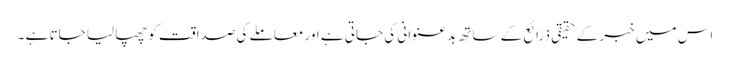
اس میں خبر کے حقیقی ذرائع کے ساتھ بدعنوانی کی جاتی ہے اور معاملے کی صداقت کو چھپا لیا جاتا ہے ۔